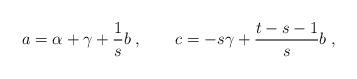
LaTeX: \begin{align*} a = \alpha +\gamma +{1\over s}b\;, \qquad c = -{s}\gamma + {t-s-1\over s}b\;,\end{align*}